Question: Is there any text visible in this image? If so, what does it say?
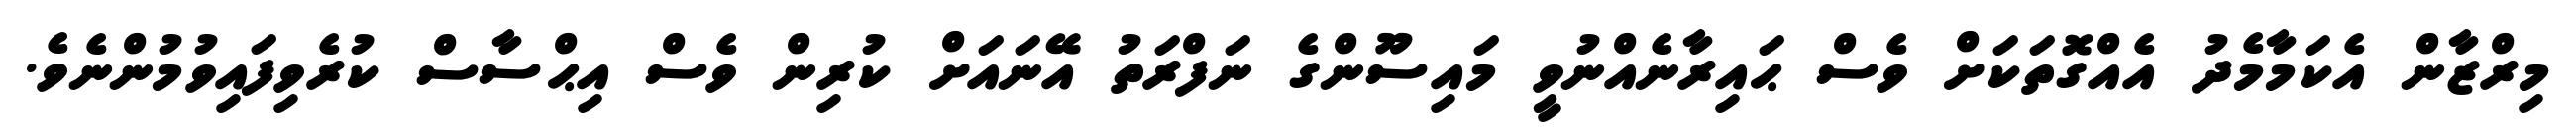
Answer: މިރްޒާން އެކަމާމެދު އެއްގޮތަކަށް ވެސް ޙައިރާނެއްނުވީ މައިސޫންގެ ނަފްރަތު އޭނައަށް ކުރިން ވެސް އިޙްސާސް ކުރެވިފައިވުމުންނެވެ.